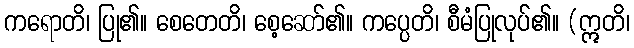
ကရောတိ၊ ပြု၏။ စေတေတိ၊ စေ့ဆော်၏။ ကပ္ပေတိ၊ စီမံပြုလုပ်၏။ (ဣတိ၊